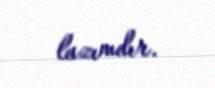
lazımdır.